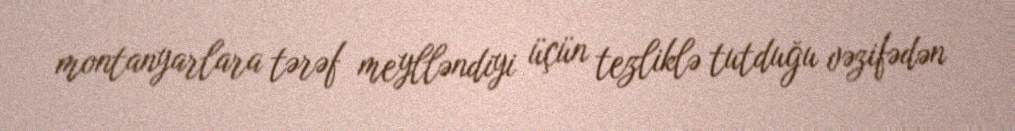
montanyarlara tərəf meylləndiyi üçün tezliklə tutduğu vəzifədən